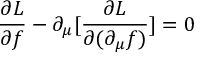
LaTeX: \frac { \partial { \cal L } } { \partial f } - \partial _ { \mu } [ \frac { \partial { \cal L } } { \partial ( \partial _ { \mu } f ) } ] = 0